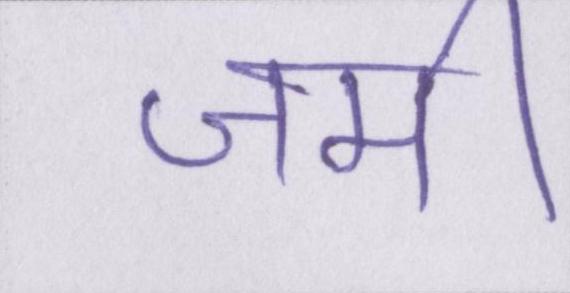
जमी